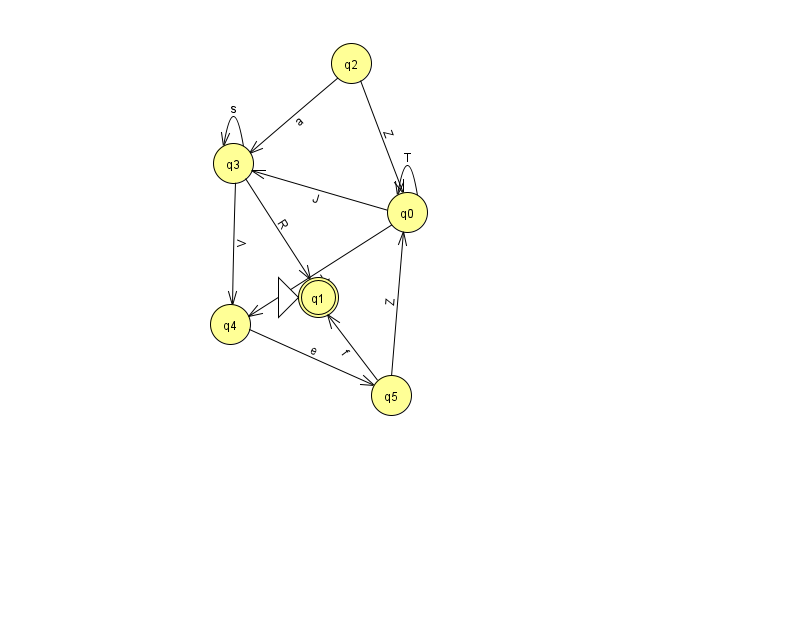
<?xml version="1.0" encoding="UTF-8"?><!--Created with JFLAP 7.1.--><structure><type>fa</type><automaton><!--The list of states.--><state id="0" name="q0"><x>407.0</x><y>199.0</y></state><state id="1" name="q1"><x>318.0</x><y>284.0</y><initial/><final/></state><state id="2" name="q2"><x>351.0</x><y>50.0</y></state><state id="3" name="q3"><x>233.0</x><y>150.0</y></state><state id="4" name="q4"><x>230.0</x><y>311.0</y></state><state id="5" name="q5"><x>391.0</x><y>382.0</y></state><!--The list of transitions.--><transition><from>0</from><to>4</to><read>L</read></transition><transition><from>2</from><to>3</to><read>a</read></transition><transition><from>3</from><to>3</to><read>s</read></transition><transition><from>0</from><to>0</to><read>T</read></transition><transition><from>5</from><to>1</to><read>f</read></transition><transition><from>0</from><to>3</to><read>J</read></transition><transition><from>2</from><to>0</to><read>Z</read></transition><transition><from>3</from><to>4</to><read>V</read></transition><transition><from>5</from><to>0</to><read>Z</read></transition><transition><from>4</from><to>5</to><read>e</read></transition><transition><from>3</from><to>1</to><read>R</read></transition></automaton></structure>